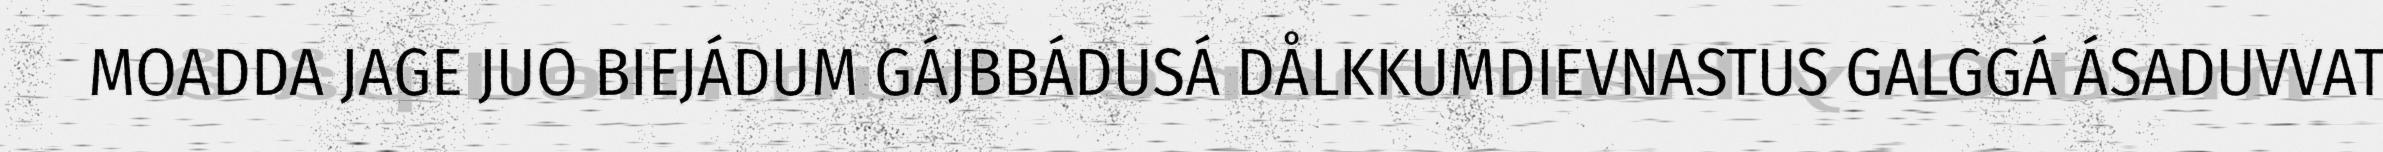
MOADDA JAGE JUO BIEJÁDUM GÁJBBÁDUSÁ DÅLKKUMDIEVNASTUS GALGGÁ ÁSADUVVAT